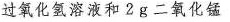
过氧化氢溶液和2g二氧化锰